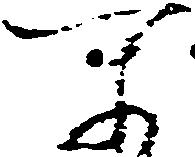
所